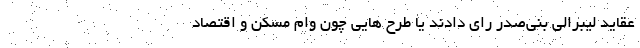
عقاید لیبرالی بنی‌صدر رای دادند یا طرح هایی چون وام مسکن و اقتصاد